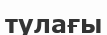
тулағы